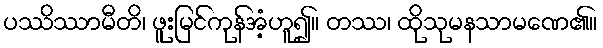
ပဿိဿာမီတိ၊ ဖူးမြင်ကုန်အံ့ဟူ၍။ တဿ၊ ထိုသုမနသာမဏေ၏။